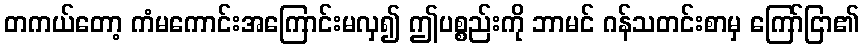
တကယ်တော့ ကံမကောင်းအကြောင်းမလှ၍ ဤပစ္စည်းကို ဘာမင် ဂန်သတင်းစာမှ ကြော်ငြာ၏